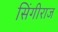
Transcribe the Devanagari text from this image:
सिंगीराज